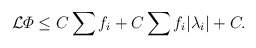
\begin{align*} \begin{aligned}\mathcal{L} \varPhi \leq C \sum f_i + C \sum f_i |\lambda_i| + C.\end{aligned}\end{align*}